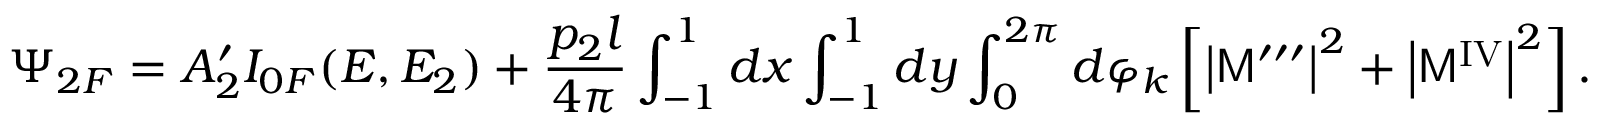
\Psi _ { 2 F } = A _ { 2 } ^ { \prime } I _ { 0 F } ( E , E _ { 2 } ) + \frac { p _ { 2 } l } { 4 \pi } \int _ { - 1 } ^ { 1 } d x \int _ { - 1 } ^ { 1 } d y \int _ { 0 } ^ { 2 \pi } d \varphi _ { k } \left[ \left| { \sf M } ^ { \prime \prime \prime } \right| ^ { 2 } + \left| { \sf M } ^ { \mathrm { I V } } \right| ^ { 2 } \right] .